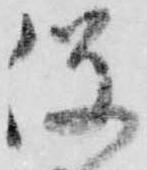
役